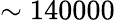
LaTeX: \sim 140000